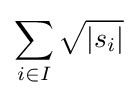
\sum _{i\in I}{\sqrt {\left|s_{i}\right|}}